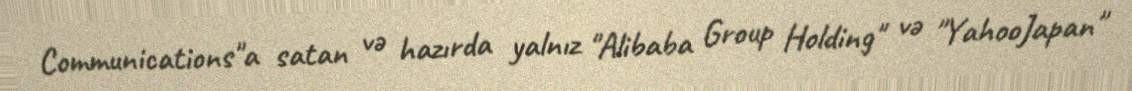
Communications"a satan və hazırda yalnız "Alibaba Group Holding" və "YahooJapan"